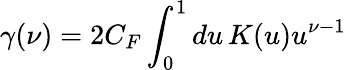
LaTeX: \gamma(\nu)=2C_{F}\int_{0}^{1}du\, K(u)u^{\nu-1}